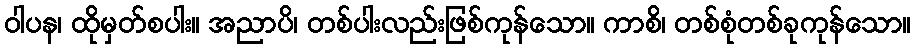
ဝါပန၊ ထိုမှတ်စပါး။ အညာပိ၊ တစ်ပါးလည်းဖြစ်ကုန်သော။ ကာစိ၊ တစ်စုံတစ်ခုကုန်သော။